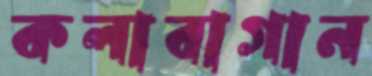
কলাবাগান